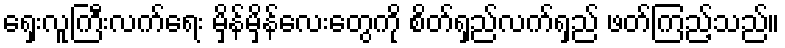
ရှေးလူကြီးလက်ရေး မှိန်မှိန်လေးတွေကို စိတ်ရှည်လက်ရှည် ဖတ်ကြည့်သည်။